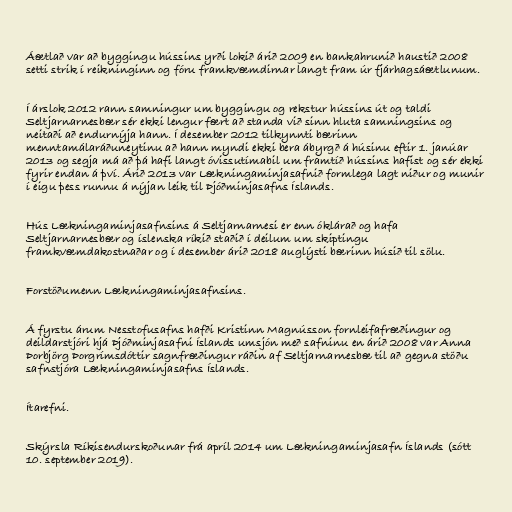
Áætlað var að byggingu hússins yrði lokið árið 2009 en bankahrunið haustið 2008
setti strik í reikninginn og fóru framkvæmdirnar langt fram úr fjárhagsáætlunum.

Í árslok 2012 rann samningur um byggingu og rekstur hússins út og taldi
Seltjarnarnesbær sér ekki lengur fært að standa við sinn hluta samningsins og
neitaði að endurnýja hann. Í desember 2012 tilkynnti bærinn
menntamálaráðuneytinu að hann myndi ekki bera ábyrgð á húsinu eftir 1. janúar
2013 og segja má að þá hafi langt óvissutímabil um framtíð hússins hafist og sér ekki
fyrir endan á því. Árið 2013 var Lækningaminjasafnið formlega lagt niður og munir
í eigu þess runnu á nýjan leik til Þjóðminjasafns Íslands.

Hús Lækningaminjasafnsins á Seltjarnarnesi er enn óklárað og hafa
Seltjarnarnesbær og íslenska ríkið staðið í deilum um skiptingu
framkvæmdakostnaðar og í desember árið 2018 auglýsti bærinn húsið til sölu.

Forstöðumenn Lækningaminjasafnsins.

Á fyrstu árum Nesstofusafns hafði Kristinn Magnússon fornleifafræðingur og
deildarstjóri hjá Þjóðminjasafni Íslands umsjón með safninu en árið 2008 var Anna
Þorbjörg Þorgrímsdóttir sagnfræðingur ráðin af Seltjarnarnesbæ til að gegna stöðu
safnstjóra Lækningaminjasafns Íslands.

Ítarefni.

Skýrsla Ríkisendurskoðunar frá apríl 2014 um Lækningaminjasafn Íslands (sótt
10. september 2019).